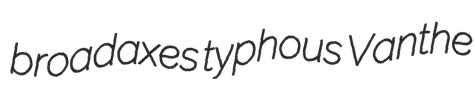
broadaxes typhous Vanthe